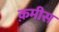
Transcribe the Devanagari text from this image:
क़मीस